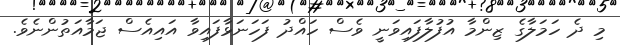
މި ދެ ހަމަލާގެ ޒިންމާ އުފުލާފައިވަނީ ވެސް ހައްދު ފަހަނަޅާފައިވާ އައިއެސް ޖަމާއަތުންނެވެ.